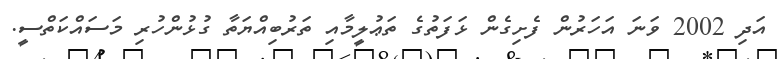
އަދި 2002 ވަނަ އަހަރުން ފެށިގެން ޅަފަތުގެ ތަޢުލީމާއި ތަރުބިއްޔަތާ ގުޅުންހުރި މަސައްކަތްސީ.